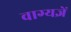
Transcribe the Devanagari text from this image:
वाग्यज्ञें